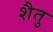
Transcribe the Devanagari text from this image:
शैतु